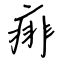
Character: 痱